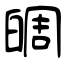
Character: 皗